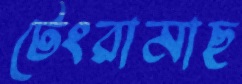
টেংরামাছ